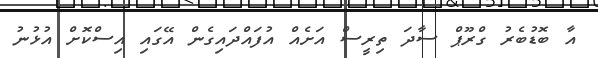
އާ ބޮޑުބެރު ގްރޫޕް ސާދަ ތިރީސް އަށެއް އުފައްދައިގެން އޭގައި އިސްކޮށް އުޅުނު